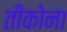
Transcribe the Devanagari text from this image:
तीकोना